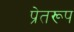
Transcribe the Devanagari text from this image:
प्रेतरूप